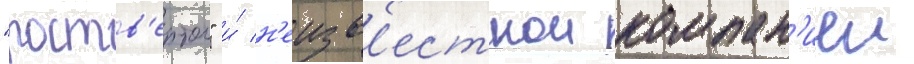
"роств'ертол" и́ н'еизв'естнои компан'иеи